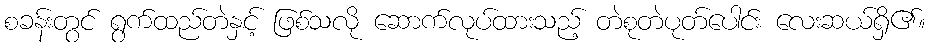
စခန်းတွင် ရွက်ထည်တဲနှင့် ဖြစ်သလို ဆောက်လုပ်ထားသည့် တဲစုတဲပုတ်ပေါင်း လေးဆယ်ရှိ၏။